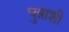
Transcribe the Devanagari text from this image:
पुत्राशी